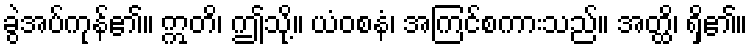
ခွဲအပ်ကုန်၏။ ဣတိ၊ ဤသို့။ ယံဝစနံ၊ အကြင်စကားသည်။ အတ္ထိ၊ ရှိ၏။